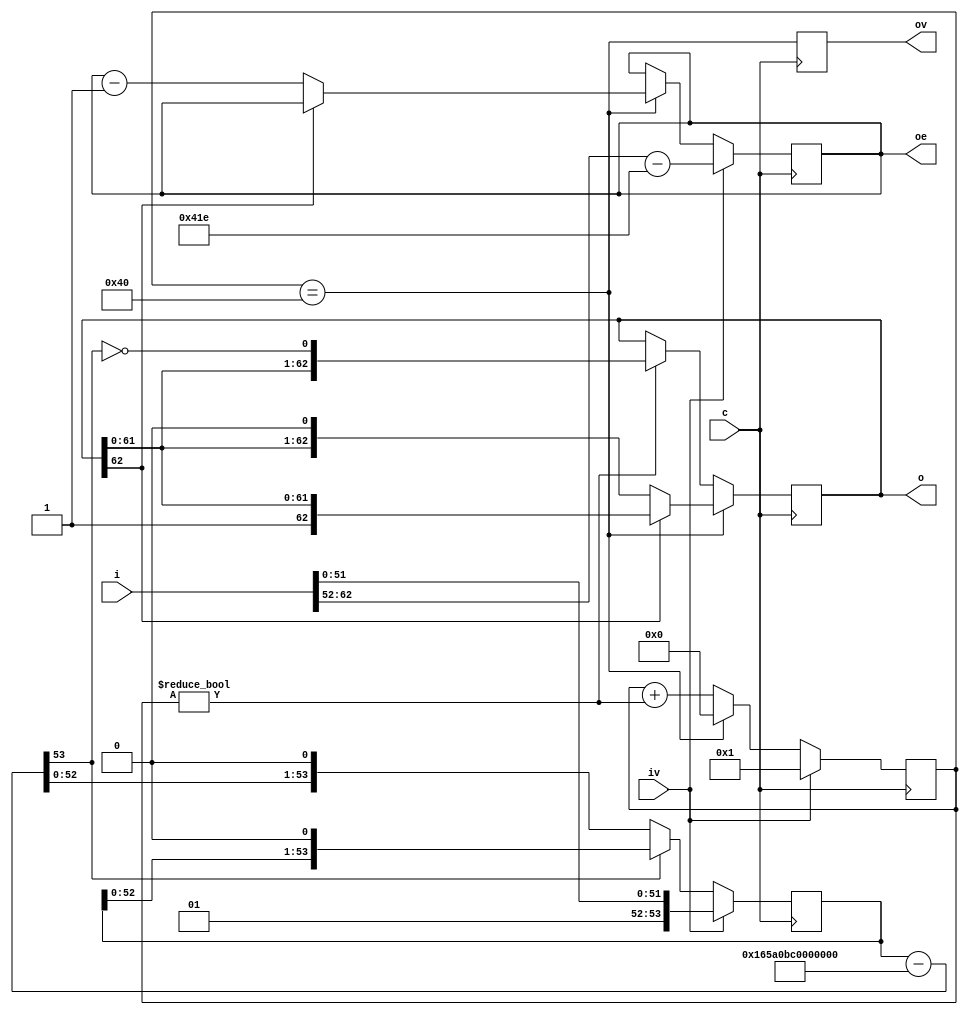
module div_3e9
  (
   input             c,
   input [62:0]      i, // double float without sign bit
   input             iv,
   output reg [62:0] o,
   output reg [10:0] oe,
   output reg        ov = 0);
   reg [53:0] 	     sr;
   reg [6:0] 	     state = 0;
   wire [53:0] 	     sub = sr - 54'h165A0BC0000000;
   always @ (posedge c)
     begin
	if(iv)
	  oe <= i[62:52] - (1023+31);
	else if(state == 64)
	  oe <= o[62] ? oe : oe-1'b1;
	if(iv)
	  state <= 1'b1;
	else if(state == 64)
	  state <= 1'b0;
	else
	  state <= state + (state != 0);
	if(iv)
	  sr <= {2'b01,i[51:0]};
	else
	  sr <= sub[53] ? {sr[52:0],1'b0} : {sub[52:0],1'b0};
	if(state == 64)
	  o <= o[62] ? o : {o[61:0],1'b0};
	else if(state != 0)
	  o <= {o[61:0], ~sub[53]};
	ov <= (state == 64);
     end
   initial
     begin
        $dumpfile("dump.vcd");
        $dumpvars(0);
     end
endmodule